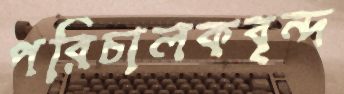
পরিচালকবৃন্দ